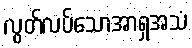
လွတ်လပ်သောအာရှအသံ